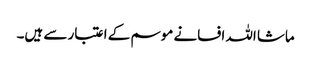
ماشا اللہ افسانے موسم کے اعتبار سے ہیں۔